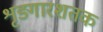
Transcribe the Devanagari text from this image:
शृङ्गारशतक